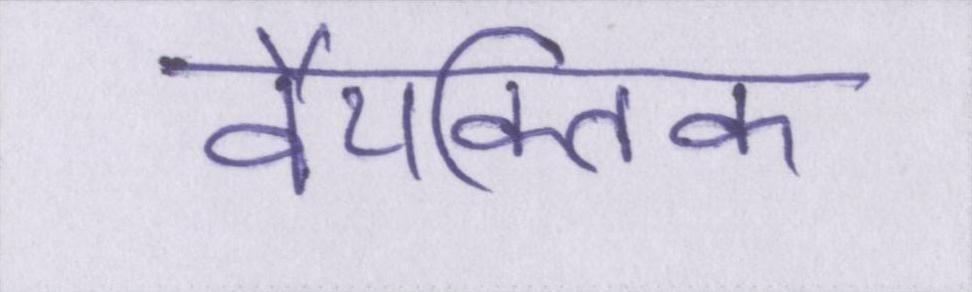
वैयक्तिक